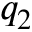
q _ { 2 }